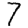
Digit: 7